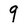
Character: 9